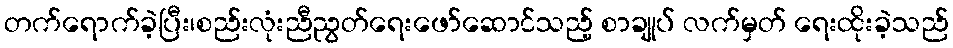
တက်ရောက်ခဲ့ပြီး၊စည်းလုံးညီညွတ်ရေးဖော်ဆောင်သည့် စာချုပ် လက်မှတ် ရေးထိုးခဲ့သည်